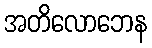
အတိလောဘေန